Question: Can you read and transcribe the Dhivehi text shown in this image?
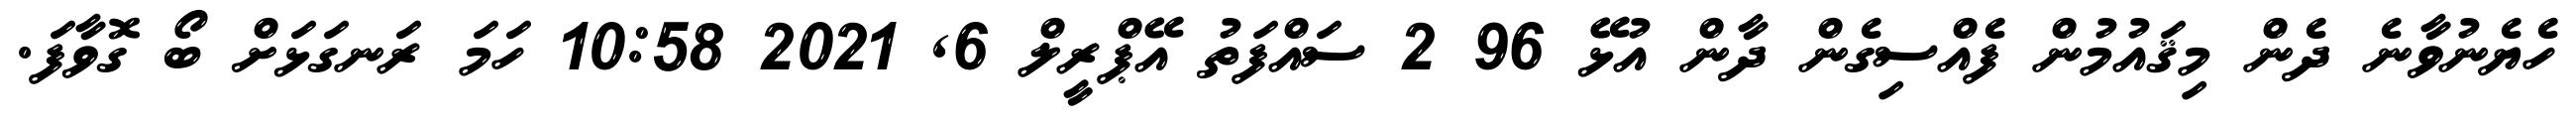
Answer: ހެޔެނުވާނެ ދެން މިޤައުމުން ފެއްސިގެން ދާން އުޅޭ 96 2 ސައްފަތު އޭޕްރީލް 6, 2021 10:58 ހަމަ ރަނގަޅަށް ބޯ ގޮވާފަ.